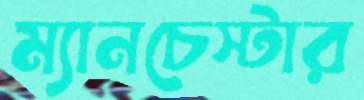
ম্যানচেস্টার